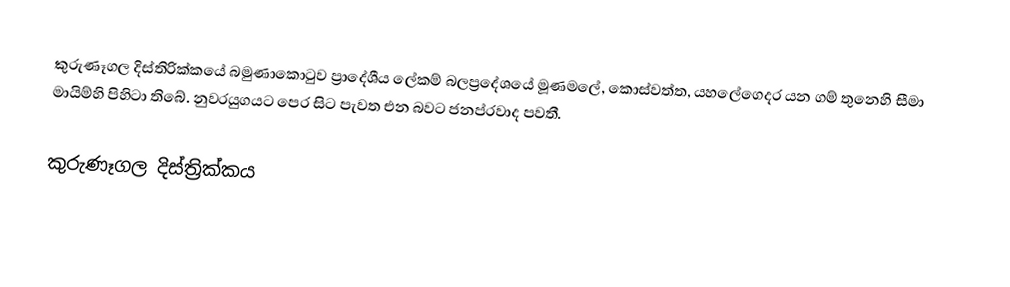
කුරුණෑගල දිස්තිරික්කයේ බමුණාකොටුව ප්‍රාදේශීය ලේකම් බලප්‍රදේශයේ මූණමලේ, කොස්වත්ත, යහලේගෙදර යන ගම් තුනෙහි සීමා මායිම්හි පිහිටා තිබේ. නුවරයුගයට පෙර සිට පැවත එන බවට ජනප්රවාද පවතී.

කුරුණෑගල දිස්ත්‍රික්කය